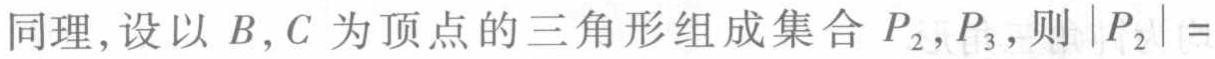
同理,设以 \(B,C\) 为顶点的三角形组成集合 \(P_{2},P_{3}\),则 \(|P_{2}| =\)